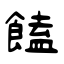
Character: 饁